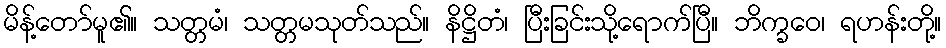
မိန့်တော်မူ၏။ သတ္တမံ၊ သတ္တမသုတ်သည်။ နိဋ္ဌိတံ၊ ပြီးခြင်းသို့ရောက်ပြီ။ ဘိက္ခဝေ၊ ရဟန်းတို့။